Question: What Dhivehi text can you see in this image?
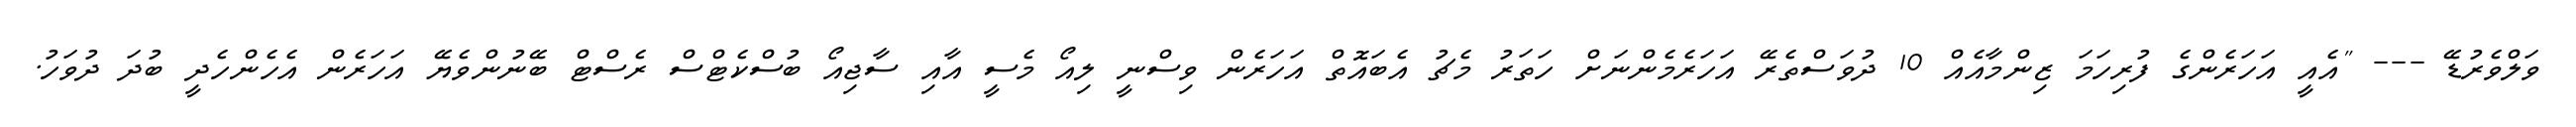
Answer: ވަލްވެރުޑޭ --- "އެއީ އަހަރެންގެ ފުރިހަމަ ޒިންމާއެއް 10 ދުވަސްތެރޭ އަހަރެމެންނަށް ހަތަރު މެޗު އެބައޮތް އަހަރެން ވިސްނީ ލިއޯ މެސީ އާއި ސާޖިއޯ ބުސްކެޓްސް ރެސްޓް ބޭނުންވެޔޭ އަހަރެން އެހެންހެދީ ބުދަ ދުވަހު.